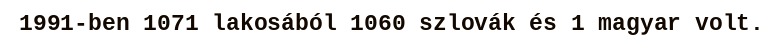
1991-ben 1071 lakosából 1060 szlovák és 1 magyar volt.